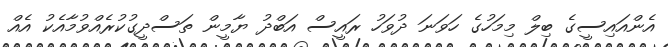
އެންއައިސީގެ ބިލް މިމަހުގެ ހަވަނަ ދުވަހު ރައީސް އަބްދު ޔާމީން ތަސްދީގުކުރެއްވުމާއެކު އެއް